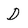
Character: D